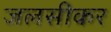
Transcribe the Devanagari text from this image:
जलसीकर